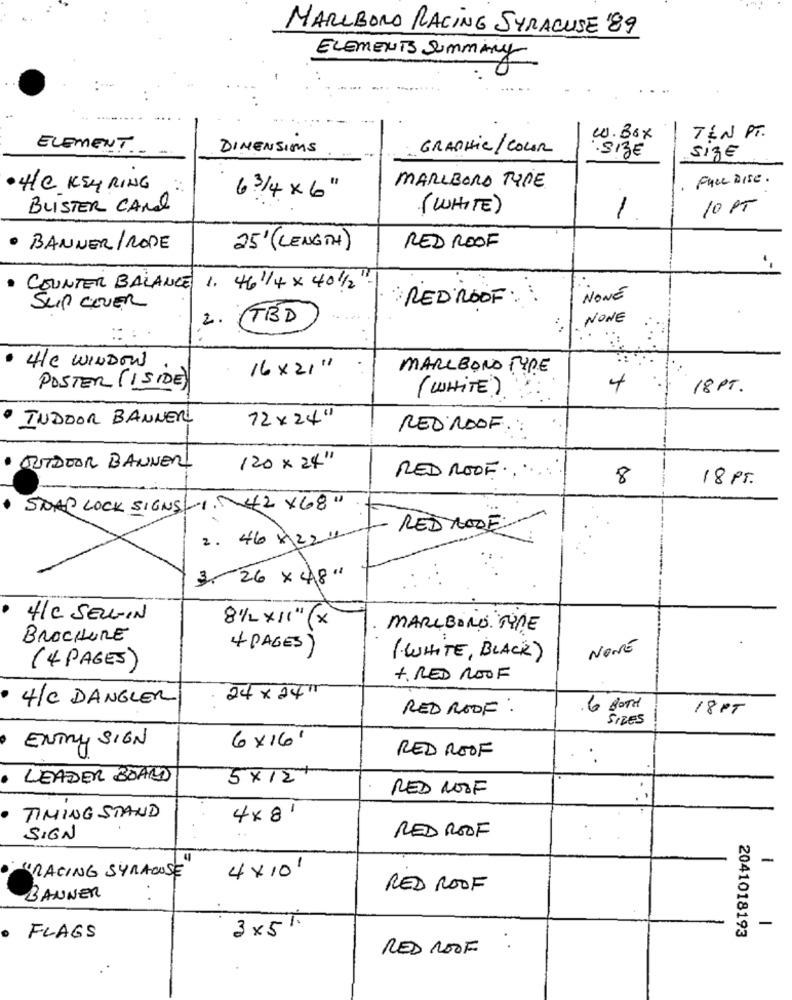
MARLBORO RACING SYRACUSE 89
ELEMENTS SUMming
w.Box
TEN PT.
ELEMENT
DIMENSIONS
GRAPHIC /COLOR
·SIZE
Size
PhLe Dise .
·4/C KEY RING
MARLBORO TYPE
6 3/4 x 6"
BLISTER CARD
(WHITE)
1
10 PT
· BANNER/RODE
25'( LENGTH)
RED ROOF
COUNTER BALANCE
1. 46 1/4 × 401/2".
NONE
SUP COVER
RED ROOF
2. (TBD
NONE
the WINDOW
16 x 21"
MARLBORO TYPE
POSTER (1SIDE)
( WHITE)
4
18 PT.
INDOOR BANNER
72 x 24"
REDROOF
· OUTDOOR BANNER!
120 x 24''
RED ROOF.
8
18 PT.
. SNAP LOCK SIGNS -1. 42 X68"
RED ROOF
2. 46×224
3- 26 x 48"
4/C SELVIN
81/2 x11" (x
MARLBORO TORE
BROCHURE
4 PAGES)
NONE
( WHITE, BLACK)
(4 PAGES)
+. RED ROOF
4/C DANGLER
24 x 24"
RED ROOF:
18PT
SIRES
6×16'
ENTRY SIGN
RED ROOF
LEADER BOARD
5x12
RED NOOF
TIMING STAND
4× 8'
RED ROOF
SIGN
-
4 x 10'
RACING SYRACUSE
RED ROOF
BANNER
3×51.
-
FLAGS
2041018193
RED ROOF